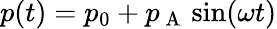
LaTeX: p(t)=p_{0}+p_{\mathrm{~A~}}\sin(\omega t)